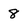
Character: 8